Scottish Leaving Certificate Examination, 1957
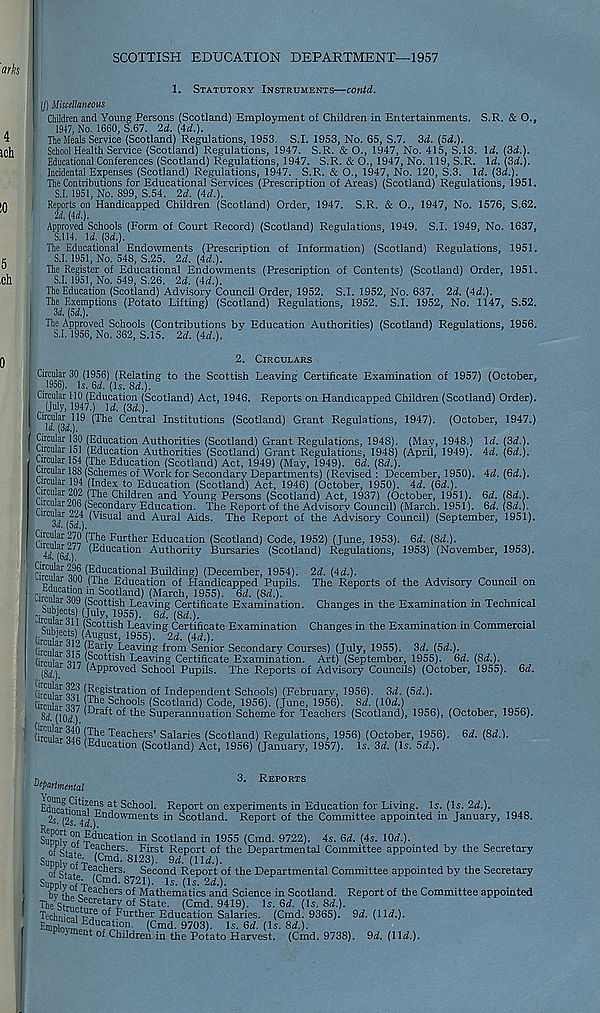
SCOTTISH EDUCATION DEPARTMENT—1957
1. Statutory Instruments—contd.
(/) Miscellaneous
I Children and Young Persons (Scotland) Employment of Children in Entertainments. S.R. & O.,
1947, No. 1660, S.67. 2d. (4d.).
The Meals Service (Scotland) Regulations, 1953. S.I. 1953, No. 65, S.7. 3d. (5d.).
I School Health Service (Scotland) Regulations, 1947. S.R. & O., 1947, No. 415, S.13. Id. (3d.).
Educational Conferences (Scotland) Regulations, 1947. S.R. & O., 1947, No. 119, S.R. Id. (3d.).
Incidental Expenses (Scotland) Regulations, 1947. S.R. & O., 1947, No. 120, S.3. \d. (3d.).
The Contributions for Educational Services (Prescription of Areas) (Scotland) Regulations, 1951.
S.I. 1951, No. 899, S.54. 2d. (4d.).
i Reports on Handicapped Children (Scotland) Order, 1947. S.R. & O., 1947, No. 1576, S.62.
U. (U.).
Approved Schools (Form of Court Record) (Scotland) Regulations, 1949. S.I. 1949, No. 1637,
S.114. \d. (3d.).
The Educational Endowments (Prescription of Information) (Scotland) Regulations, 1951.
S.I. 1951, No. 548, S.25. 2d. (4d.).
The Register of Educational Endowments (Prescription of Contents) (Scotland) Order, 1951.
S.I. 1951, No. 549, S.26. 2d. (4d.).
The Education (Scotland) Advisory Council Order, 1952. S.I. 1952, No. 637. 2d. (4d.).
; The Exemptions (Potato Lifting) (Scotland) Regulations, 1952. S.I. 1952, No. 1147, S.52.
(5d,),
The Approved Schools (Contributions by Education Authorities) (Scotland) Regulations, 1956.
S.I. 1956, No. 362, S.15. 2d. (4d.).
2. Circulars
Circular 30 (1956) (Relating to the Scottish Leaving Certificate Examination of 1957) (October,
1956). Is. 6d. (Is. 8d.).
Circular 110 (Education (Scotland) Act, 1946. Reports on Handicapped Children (Scotland) Order).
(July, 1947.) Id. (3d.).
119 (The Central Institutions (Scotland) Grant Regulations, 1947). (October, 1947.)
la. [3d.).
Circular 130 (Education Authorities (Scotland) Grant Regulations, 1948). (May, 1948.) Id. (3<L).
Circu ar 151 (Education Authorities (Scotland) Grant Regulations, 1948) (April, 1949). 4d. (6d.).
circular 154 (The Education (Scotland) Act, 1949) (May, 1949). 6d. (8d.).
circular 188 (Schemes of Work for Secondary Departments) (Revised : December, 1950). 4d. (6d.).
circuar 194 (Index to Education (Scotland) Act, 1946) (October, 1950). 4d. (6d.).
Circular 202 (The Children and Young Persons (Scotland) Act, 1937) (October, 1951). 6d. (8d.).
ircu ar 206 (Secondary Education. The Report of the Advisory Council) (March. 1951). 6d. (8d.).
urcuiar 224 (Visual and Aural Aids. The Report of the Advisory Council) (September, 1951).
oa. (od.).
Circular 270 (The Further Education (Scotland) Code, 1952) (June, 1953). 6d. (8d.).
4d (e/) ^u cat i°n Authority Bursaries (Scotland) Regulations, 1953) (November, 1953).
Circular 296 (Educational Building) (December, 1954).
Circular 300 (The Education of Handicapped Pupils.
S/o Scotland ) (March, 1955). 6d. (8d.).
^
(Scottish Leaving Certificate Examination.
Subjects) (July, 1955). 6d (M.).
" £ ar , , (Scottish Leaving Certificate Examination
Subjects) (August, 1955). 2d. (4d.).
(irpni^ qic (Euriy Leaving from Senior Secondary Courses) (July, 1955). 3d. (Sd.).
tircui.i- (Scottish Leaving Certificate Examination. Art) (September, 1955). 6d. (Sd.).
(Sii) J / (Approved School Pupils. The Reports of Advisory Councils) (October, 1955). Sd.
(irmiwCQi (Registration of Independent Schools) (February, 1956). 3d. (5d.).
CirnibrMe Jhe Schools (Scotland) Code, 1956). (June, 1956). Sd. (lOrf.)
Sii (inA 7 '
lEe Superannuation Scheme for Teachers (Scotland), 1956), (October, 1956).
2d. (4d.).
The Reports of the Advisory Council on
Changes in the Examination in Technical
Changes in the Examination in Commercial
(1CW.).
Chnil^
ueacners- Salaries (Scotland) Regulations, 1!
J4b (Education (Scotland) Act, 1956) (January, 1957)
ffEe Teachers’ Salaries (Scotland) Regulations, 1956) (October, 1956). 6ii. (Sd.).
Is. 3d. (Is. 5d.).
3. Reports
Departmental
Educational™ 5 d* ^c^0 0 '' .Report on experiments in Education for Living. Is. (Is. 2d.).
0
2s - (2s. id.).
™P°rt on Education
in Scotland. Report of the Committee appointed in January, 1948.
: Departmental Committee appointed by the Secretary
Sum v education in Scotland in 1955 (Cmd. 9722). 4s. 6d. (4s. 1(W.).
of
teachers. First Report of the Departments.
Supply of
8123) -
( IW -).
0 f g tat
le “bners. Second Report of the Departmental Committee appointed by the Secretary
SWyofVachetof 2 ]
Theg? Secretary of !
TedmiKdEYi 6 of
Education Sala
EmDlm™Dr u 5 a i 10 . n ( Cmd - 9703). Is. Sd. (Is. Sd.,.
■ en t of Children in the Potato Harvest. (Cmd. 9738). Sd. (\\d.).
T7:
oecona Report ot
Supply ofV C ? ld - 8721 )- ^(^2d.).
hv o Aeacllers Mathematics and Science in Scotland. Report of the Committee appointed
: State. (Cmd. 9419). Is. Gd. (Is. 8d.).
Further Education Salaries. (Cmd. 9365). 9d. (11^.).